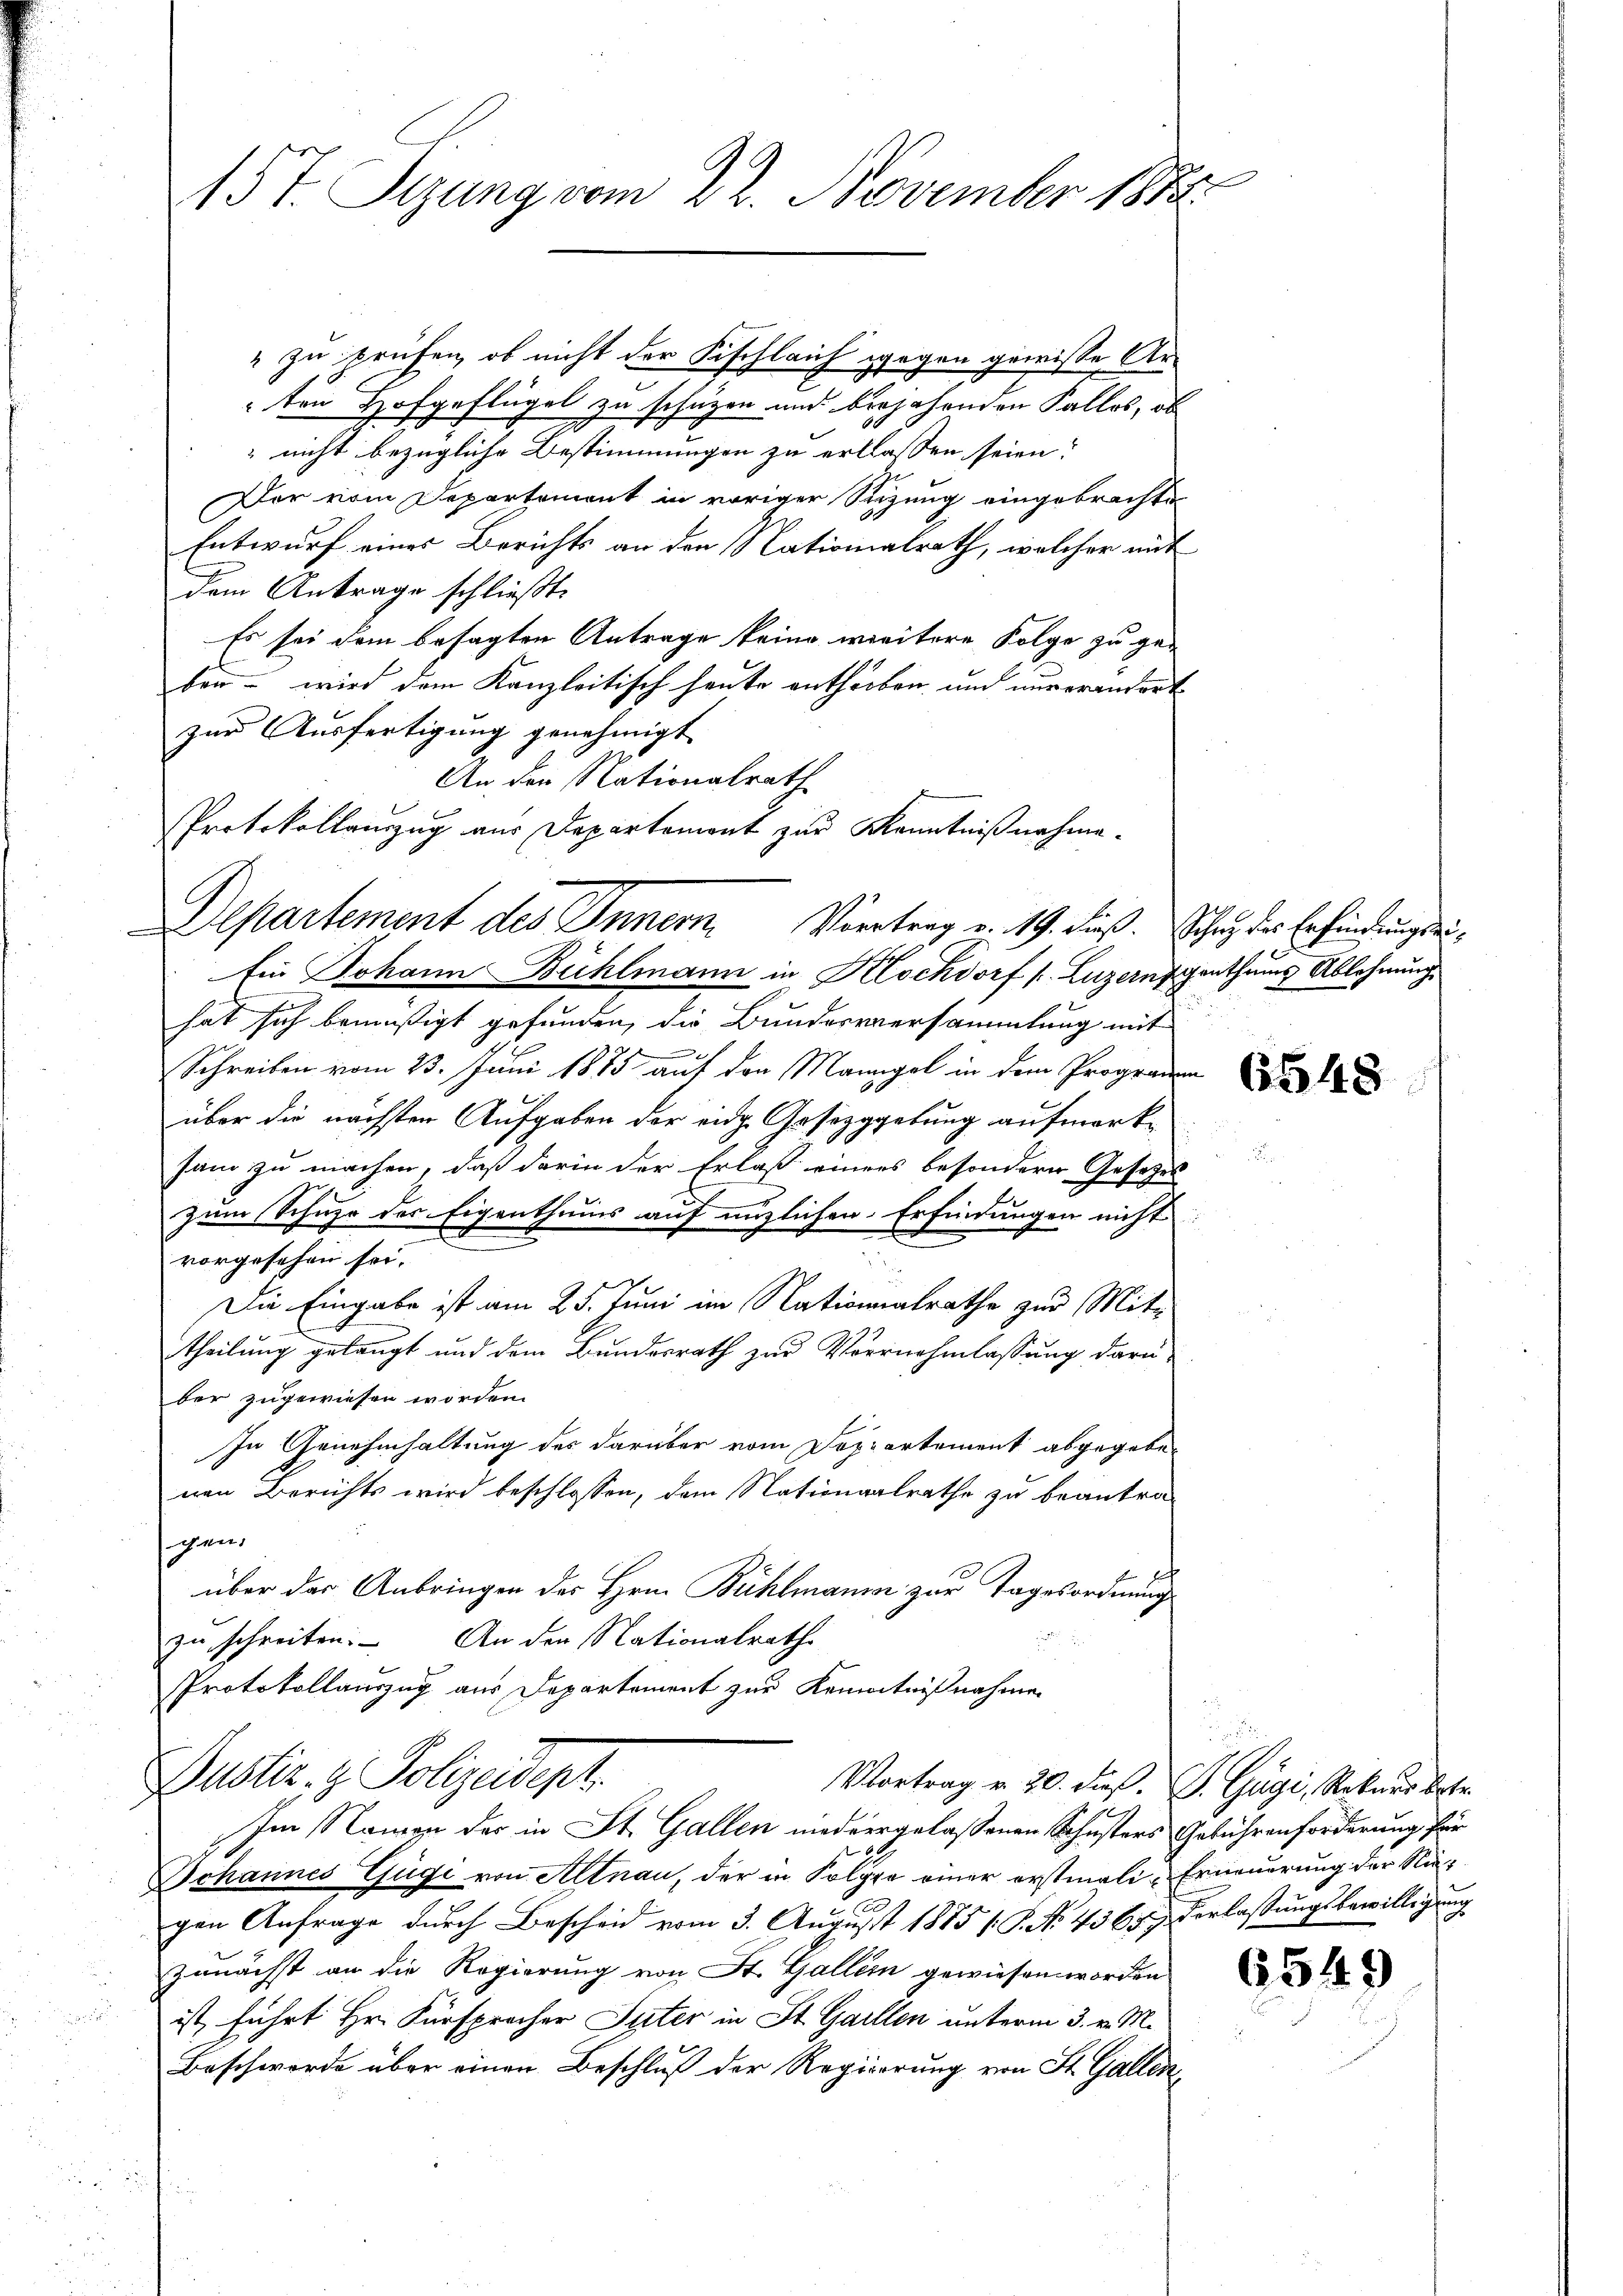
15 t. Sitzung vom 22. November 1874.

ton Hofgeflügel zu schützen und bejahenden Falles, ob
 nicht bezügliche Bestimmungen zu erklassen seien?
Der vom Departement in voriger Sitzung eingebrachten
Entwurf eines Berichts an den Nationalrath, welcher mit
dem Antrage schließt:
Es sei dem besagten Antrage keine weitere Folge zu geben – wird dem Kanzleitisch heute entherben und nur erandert
zur Ausfertigung genehmigt.
Ein Johann Bühlmann in Klochdorf s. Luzernigenthums Ablehnung
hat sich bemüssigt gefunden, die Bundesversammlung mit
g
Schreiben vom 23. Juni 1875 auf den Mangel in dem Programm
über die nächsten Aufgaben der eidg. Gesezggebung aufmerksam zu machen, daß darin der Erlaß einers besonderer Gesetzes
zum Schuhe des Eigenthums auf enzlichen Erfindungen nicht
vorgesehen sei. |
Die Eingabe ist am 25. Juni im Nationalrathe zur Mit-
theilung gelangt und dem Bundesrath zur Vorrnehmlassung darü-
ber zugewiesen worden.
In Genehmhaltung des darüber vom Doppartement abgegebenen Berichts wird beschlossen, dem Nationalrathe zu beantragen.
über der Anbringen des Hrn. Bühlmanne zur Tagesordnungszu schreiben. An der Nationalrathe
Protokollauszug aus Departement zur Kenntnißnahme

" zu prüfen, ob nicht der Fischleich gegen gewisse Ar¬

An den Nationalrath
Protokollanzug aus Departement zur Kenntnißnahme.
C
Aepartement des Innern. Viertrag v. 19. dieß. Schutz des Erfindung sei¬

Dustiz- & Polizeidept.
Vortrag v. 20. dieß. J. Gägi, Rekurs betr.
ge
Im Namen der in St. Gallen niedergelassenen Schusters Gebührenforderung für

Schannes Zügi von Altnau, der in Folge einer erstmali-Erneuerung der Niegen Anfrage durch Bescheid vom 3. August 1875 (S. Nr. 4365. Verlassungsbewilligung
zunächst an die Regierung von St. Gallein gewiesen worden
ist, führt Hr. Fürsprocher Suter in St. Gallen unterm 3. v. M.
Beschwerde über einen Beschluß der Regierung von St. Gallen

6548

6549